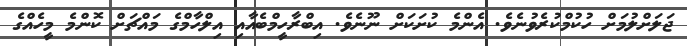
ޖަލަށްލުމަށް ހުކުމްކުރެވުނެވެ. އެންމެ ކުށަކަށް ނޫނެވެ. އިބްރާހީމްބެއާއި އިލްހާމްގެ މައްޗަށް ކޮންމެ މީހެއްގެ